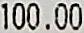
100.00